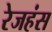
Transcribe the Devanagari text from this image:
रेजहंस